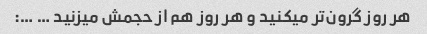
هر روز گرون‌تر میکنید و هر روز هم از حجمش میزنید … …: